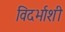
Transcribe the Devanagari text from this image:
विदर्भाशी